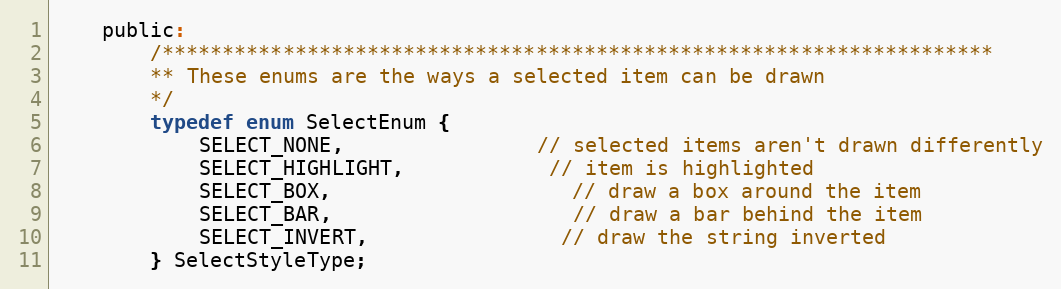
Language: C
	public:
		/*********************************************************************
		** These enums are the ways a selected item can be drawn
		*/
		typedef enum SelectEnum {
			SELECT_NONE,				// selected items aren't drawn differently
			SELECT_HIGHLIGHT,			// item is highlighted
			SELECT_BOX,					// draw a box around the item
			SELECT_BAR,					// draw a bar behind the item
			SELECT_INVERT,				// draw the string inverted
		} SelectStyleType;